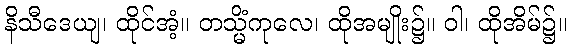
နိသီဒေယျ၊ ထိုင်အံ့။ တသ္မိံကုလေ၊ ထိုအမျိုး၌။ ဝါ၊ ထိုအိမ်၌။